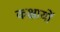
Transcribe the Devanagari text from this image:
कक्षायों